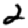
Digit: 2